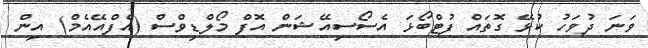
ވަނަ ދުވަހު ކުޅޭ ގޮތައް ފުޓްބޯޅަ އެސޯސިއޭޝަން އޮފް މޯލްޑިވްސް (އެފްއޭއެމް) އިން